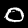
Digit: 0